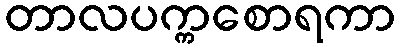
တာလပက္ကစောရကာ